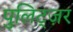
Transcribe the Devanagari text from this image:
पुलिट्ज़र